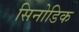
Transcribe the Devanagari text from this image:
सिनोडिक